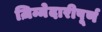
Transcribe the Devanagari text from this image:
ज़िम्मेदारीपूर्ण